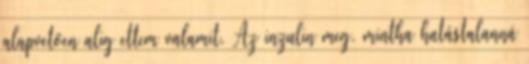
alapvetően alig ettem valamit. Az inzulin meg. mintha hatástalanná